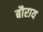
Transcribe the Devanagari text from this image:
बौराय